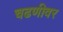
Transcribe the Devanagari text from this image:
चढणीवर